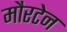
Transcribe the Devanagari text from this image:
मौरटेन